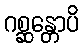
ဂစ္ဆန္တောပိ